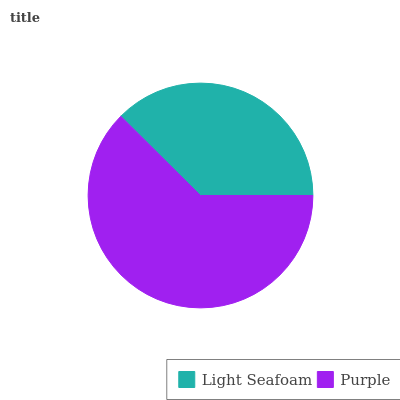
| Light Seafoam | Purple |
 | --- | --- |
 | 37.6% | 62.4% |